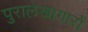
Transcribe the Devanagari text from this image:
पुरालेखागारों